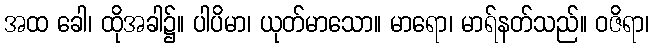
အထ ခေါ၊ ထိုအခါ၌။ ပါပိမာ၊ ယုတ်မာသော။ မာရော၊ မာရ်နတ်သည်။ ဝဇိရာ၊